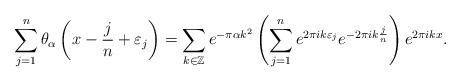
LaTeX: \begin{align*} \sum_{j=1}^{n} \theta_\alpha \left(x - \frac{j}{n} + \varepsilon_j \right) = \sum_{k \in \mathbb{Z}} e^{-\pi \alpha k^2} \left( \sum_{j=1}^{n} e^{2 \pi i k \varepsilon_j } e^{-2 \pi i k \frac{j}{n} }\right)e^{2 \pi i k x}.\end{align*}